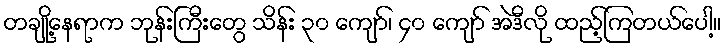
တချို့နေရာက ဘုန်းကြီးတွေ သိန်း ၃၀ ကျော်၊ ၄၀ ကျော် အဲဒီလို ထည့်ကြတယ်ပေါ့။